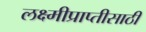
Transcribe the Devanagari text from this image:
लक्ष्मीप्राप्तीसाठी